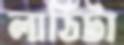
লাঠিটা